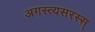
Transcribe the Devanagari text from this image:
अगस्त्यसरस्स्